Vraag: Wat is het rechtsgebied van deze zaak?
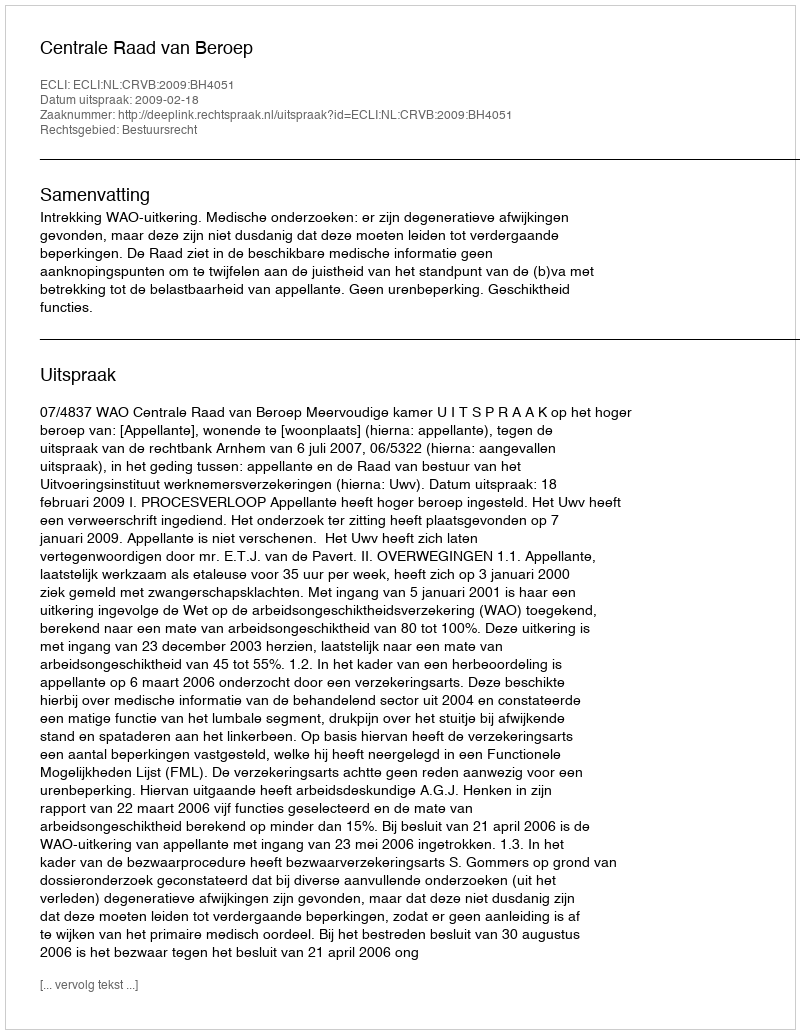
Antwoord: Bestuursrecht